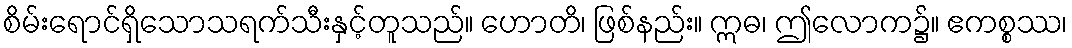
စိမ်းရောင်ရှိသောသရက်သီးနှင့်တူသည်။ ဟောတိ၊ ဖြစ်နည်း။ ဣဓ၊ ဤလောက၌။ ဧကစ္စဿ၊